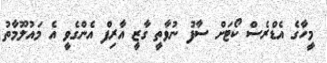
މީހާގެ އެޑްރެސް ކޯޓަށް ސާފު ނުވާތީ ގާޒީ އާރިފް އެންގެވީ އެ މައުލޫމާތު